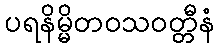
ပရနိမ္မိတဝသဝတ္တီနံ